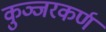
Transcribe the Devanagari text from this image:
कुञ्जरकर्ण